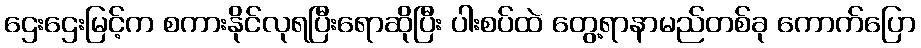
ဌေးဌေးမြင့်က စကားနိုင်လုရပြီးရောဆိုပြီး ပါးစပ်ထဲ တွေ့ရာနာမည်တစ်ခု ကောက်ပြော